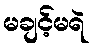
မချင့်မရဲ